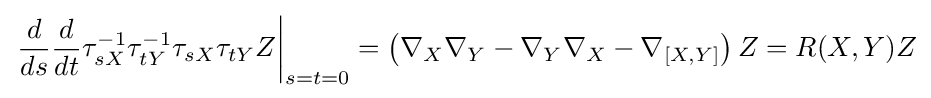
\left.{\frac {d}{ds}}{\frac {d}{dt}}\tau _{sX}^{-1}\tau _{tY}^{-1}\tau _{sX}\tau _{tY}Z\right|_{s=t=0}=\left(\nabla _{X}\nabla _{Y}-\nabla _{Y}\nabla _{X}-\nabla _{[X,Y]}\right)Z=R(X,Y)Z